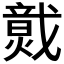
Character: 𤎷